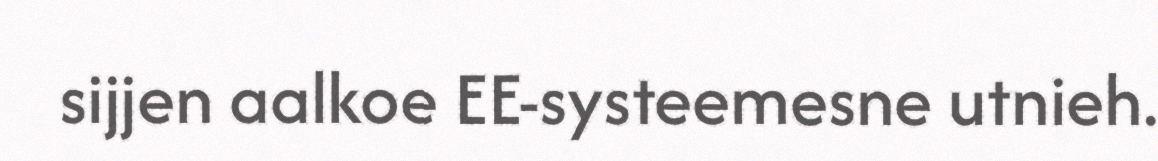
sijjen aalkoe EE-systeemesne utnieh.